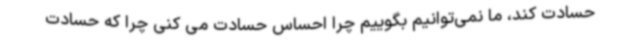
حسادت کند، ما نمی‌توانیم بگوییم چرا احساس حسادت می کنی چرا که حسادت